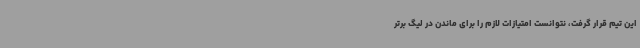
این تیم قرار گرفت، نتوانست امتیازات لازم را برای ماندن در لیگ برتر